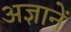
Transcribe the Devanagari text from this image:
अज्ञानें